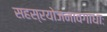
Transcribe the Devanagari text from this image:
सहस्रयोजनावगाधाः